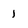
Character: 1